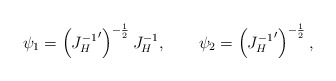
\begin{align*}\psi_1=\left({J_H^{-1}}'\right)^{-{1\over 2}}J_H^{-1},\qquad\psi_2=\left({J_H^{-1}}'\right)^{-{1\over 2}},\end{align*}